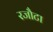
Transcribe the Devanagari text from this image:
रजौटा